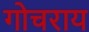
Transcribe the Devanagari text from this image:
गोचराय